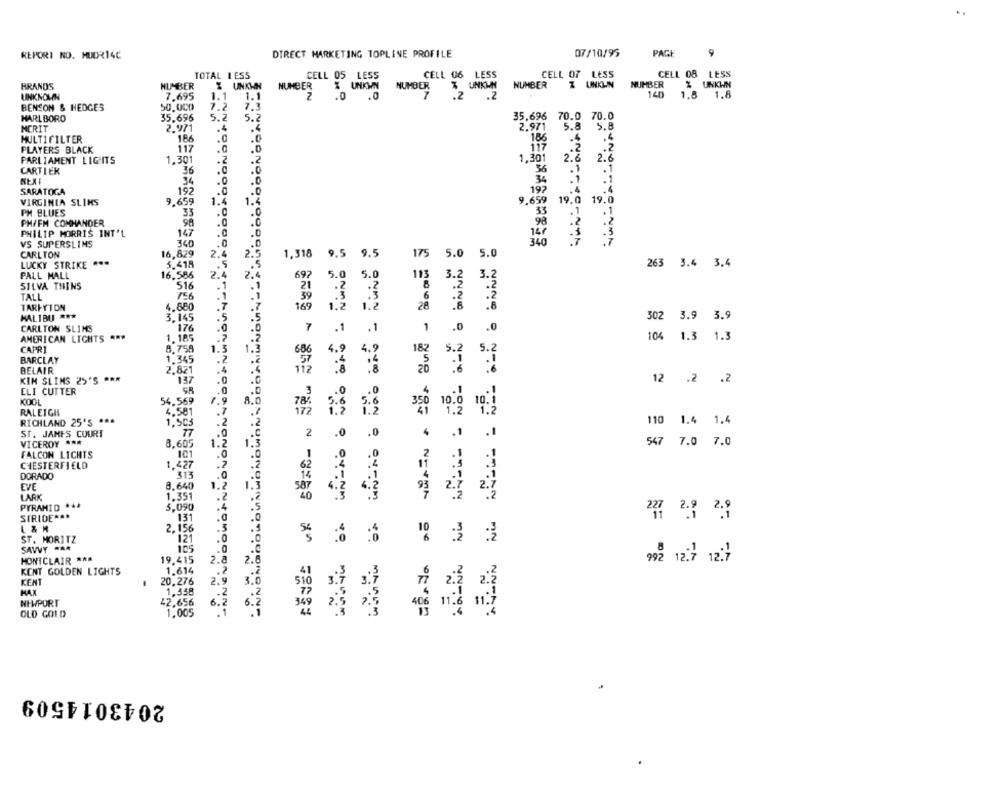
REPORI NO. MUDR14C
DIRECT MARKETING TOPLINE PROFILE
07/10/95
PAGE
9
TOTAL LESS
CELL 05 LESS
CELL 06 LESS
CELL 07 LESS
CELL 08 LESS
BRANDS
NUMBER
UNKWH
NUMBER
NUMBER
% UNKWN
NUMBER
Z UNKLIN
NUMBER
% UNKWN
UNKNOWN
7.695
1.1
1.1
7
.2
140
1.8 1.8
2 .0
.0
BENSON & HEDGES
50.000
7.2
7.3
MARLBORO
35,696
5.2
5.2
35,696 70.0 70.0
MERIT
2.971
.4
.4
2.971
5.8
5.8
MULTIFILTER
186
.0
186
.4
PLAYERS BLACK
117
.D
117
1.301
1,301
2.6
2.6
PARLIAMENT LIGHITS
.2
.2
CARTIER
36
.C
.0
36
34
.0
.0
34
SARATOGA
192
.0
197
.. 0
9.659
VIRGINIA SLIHS
9.659
1.4
1.4
19 a
19.0
PH BLUES
35
.C
.O
33
.1
PH/FM COMHANDER
96
98
PHILIP MORRIS INT'L
147
147
VS SUPERSLINS
340
.0
340
CARLTON
16,829
2.4
2
9.5
9.5
175
5.0
5.0
1,318
LUCKY STRIKE ***
5.418
263 3.4 3.4
PALL MALL
16.586
2.4
2.4
69?
5. 0
113
SILVA THINS
516
.1
TALL
756
TARFYTON
4.680
.7
169
MALIBU ***
3,145
302 3.9
3.9
CARLTON SLIMS
176
.1
.0
.0
AMERICAN LIGHTS ***
1.185
104 1.3 1.3
CAPRI
8.758
5.2
1.5
1.3
182
5.
BARCLAY
1.345
.2
BELAIR
2.821
112
KIM SLIMS 25'S ***
137
12 .2 .2
.0
ELI CUTTER
54.569
7.9
8.0
10.
RALEIGH
4.581
787
.7
RICHLAND 25'S ***
1,503
.2
110 1.4 1.4
ST. JAMES COURT
77
VICEROY ***
8.605
1.
1.
547 7.0 7.0
FALCON LICHTS
101
.0
CHESTERFIELD
1.427
.2
DORADO
313
EVE
8.640
1.2
LARK
1.351
.2
PYRAMID ***
5,090
.4
SIRIDE ***
131
.0
L & M
2.156
ST. MORITZ
'121
SAVVY .AA
105
.0
HONTCLAIR ***
19.415
2.8
2.6
992 127 12:3
KENT GOLDEN LIGHTS
1.614
.2
KENT
20,276
2.9
3.0
MAX
1.358
.2
NEWPORT
42.656
6.
3.49
OLD GOLD
1.005
2043014509